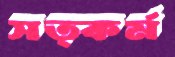
সত্কর্ম